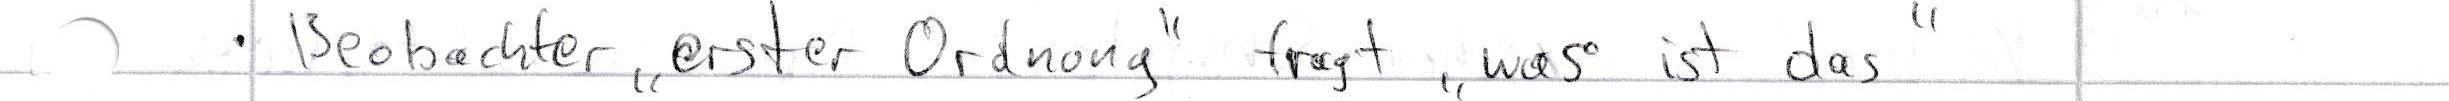
- Beobachter "erster Ordnung" fragt "was ist das"